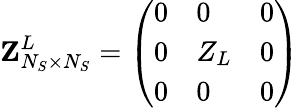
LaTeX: {\mathbf{Z}}_{N_{S}\times N_{S}}^{L}=\left(\begin{array}{lll}{0}&{0}&{0}\\ {0}&{Z_{L}}&{0}\\ {0}&{0}&{0}\end{array}\right)